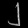
Digit: ၂